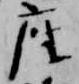
座